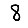
Digit: 8